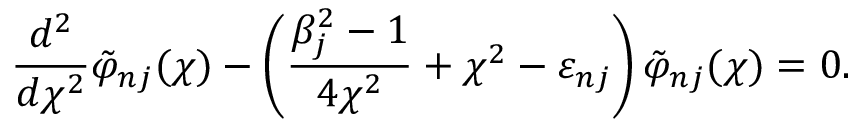
\frac { d ^ { 2 } } { d \chi ^ { 2 } } \tilde { \varphi } _ { n j } ( \chi ) - \left( \frac { \beta _ { j } ^ { 2 } - 1 } { 4 \chi ^ { 2 } } + \chi ^ { 2 } - \varepsilon _ { n j } \right) \tilde { \varphi } _ { n j } ( \chi ) = 0 .